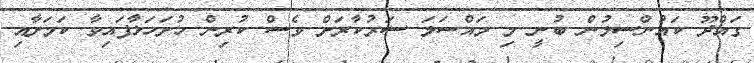
ގައްދޫ ކައުންސިލުން ބުނީ މި މައްސަލަ ސަރުކާރަށް ވެސް ކުރިން ހުށަހަޅާފައިވާ ކަމަށާއި